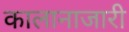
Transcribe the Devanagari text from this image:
कालानाजारी